Leaving Certificate Examination, 1902
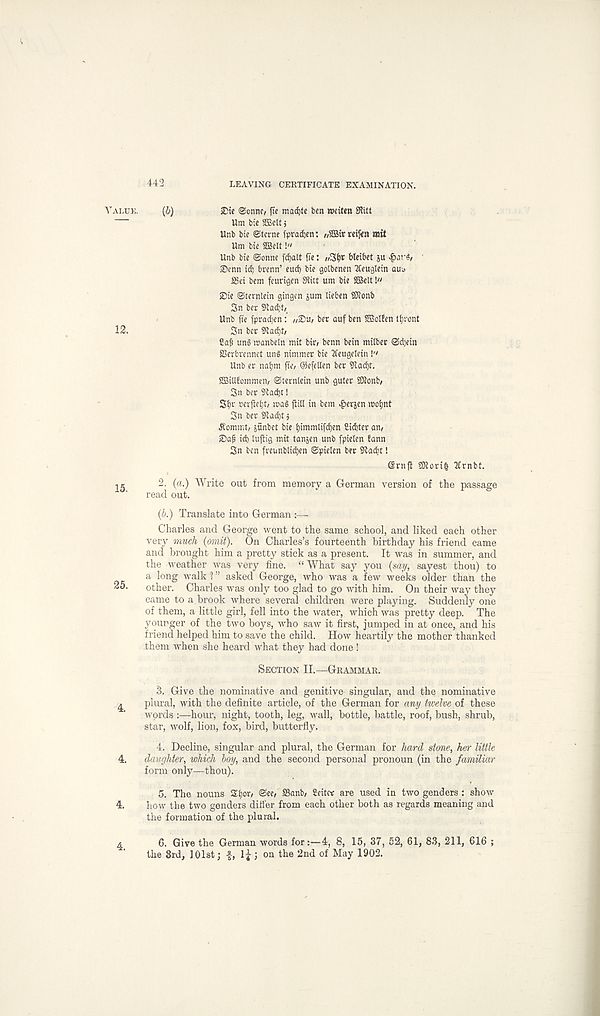
442
LEAVING CERTIFICATE EXAMINATION.
(b)
SDi e Sonne, fie mad)te ben nxiten 3litt
Um tie SBeltj
Unb bie Sterne fpradjen: „2Bir reiftn mit
Um bie Sffiett!"
Unb bie Sonne fdjalt fie: „3i)r bleibet }U ^)cir«, '
®enn id; brenn’ end; bie golbenen Xeuglein quo
23ei bem feurigen Stitt um bie SBelt!"
©ie Sternlein gingen sum lieben Stonb
Sn ber Stac^t,
Unb fie fpradjen: „25u, ber auf ben SBoIfen tt)ront
Sn ber Stad^t,
2a& un§ manbeln mit bir, benn bein milber Sd;ein
SSerbrennct ung nimmer bie 2feugetein
Unb er natjm fie, ©efelten ber Sladjt.
SBittfommen, Sterntein unb guter SKonb,
3n ber 94ad)t!
5t>r nerjletjt, mag fiiU in bem vg)ersen mo^nt
3n ber Stadjt j
^ommt, sunbet bie f)immlifd)en 2id)ter an,
©ap id; luftig mit tansen unb fpieten fann
3n ben freunblidjen Spielen ber Stadjt!
6rnft SKori| tfrnbf.
2. (a.) Write out from memory a German version of the passage
read out.
(b.) Translate into German
Charles and George went to the same school, and liked each other
very much (omit). On Charles’s fourteenth birthday his friend came
and brought him a pretty stick as a present. It was in summer, and
the weather was very fine. “ What say you (say, sayest thou) to
a long walk 1 ” asked George, who was a few weeks older than the
other. Charles was only too glad to go with him. On their way they
came to a brook where several children were playing. Suddenly one
of them, a little girl, fell into the water, which was pretty deep. The
younger of the two boys, who saw it first, jumped in at once, and his
friend helped him to save the child. How heartily the mother thanked
them when she heard what they had done !
Section II.—Grammar.
3. Give the nominative and genitive singular, and the nominative
plural, with the definite article, of the German for any twelve of these
words :—hour, night, tooth, leg, wall, bottle, battle, roof, bush, shrub,
star, wolf, lion, fox, bird, butterfly.
4. Decline, singular and plural, the German for hard stone, her little
daughter, which boy, and the second personal pronoun (in the familiar
form only—thou).
5. The nouns £f)or, (See, S3anb, 2eit« are used in two genders : show
how the two genders differ from each other both as regards meaning and
the formation of the plural.
6. Give the German words for:—4, 8, 15, 37, 52, 61, 83, 211, 616 ;
the 3rd, 101st; -f, lj ; on the 2nd of May 1902.